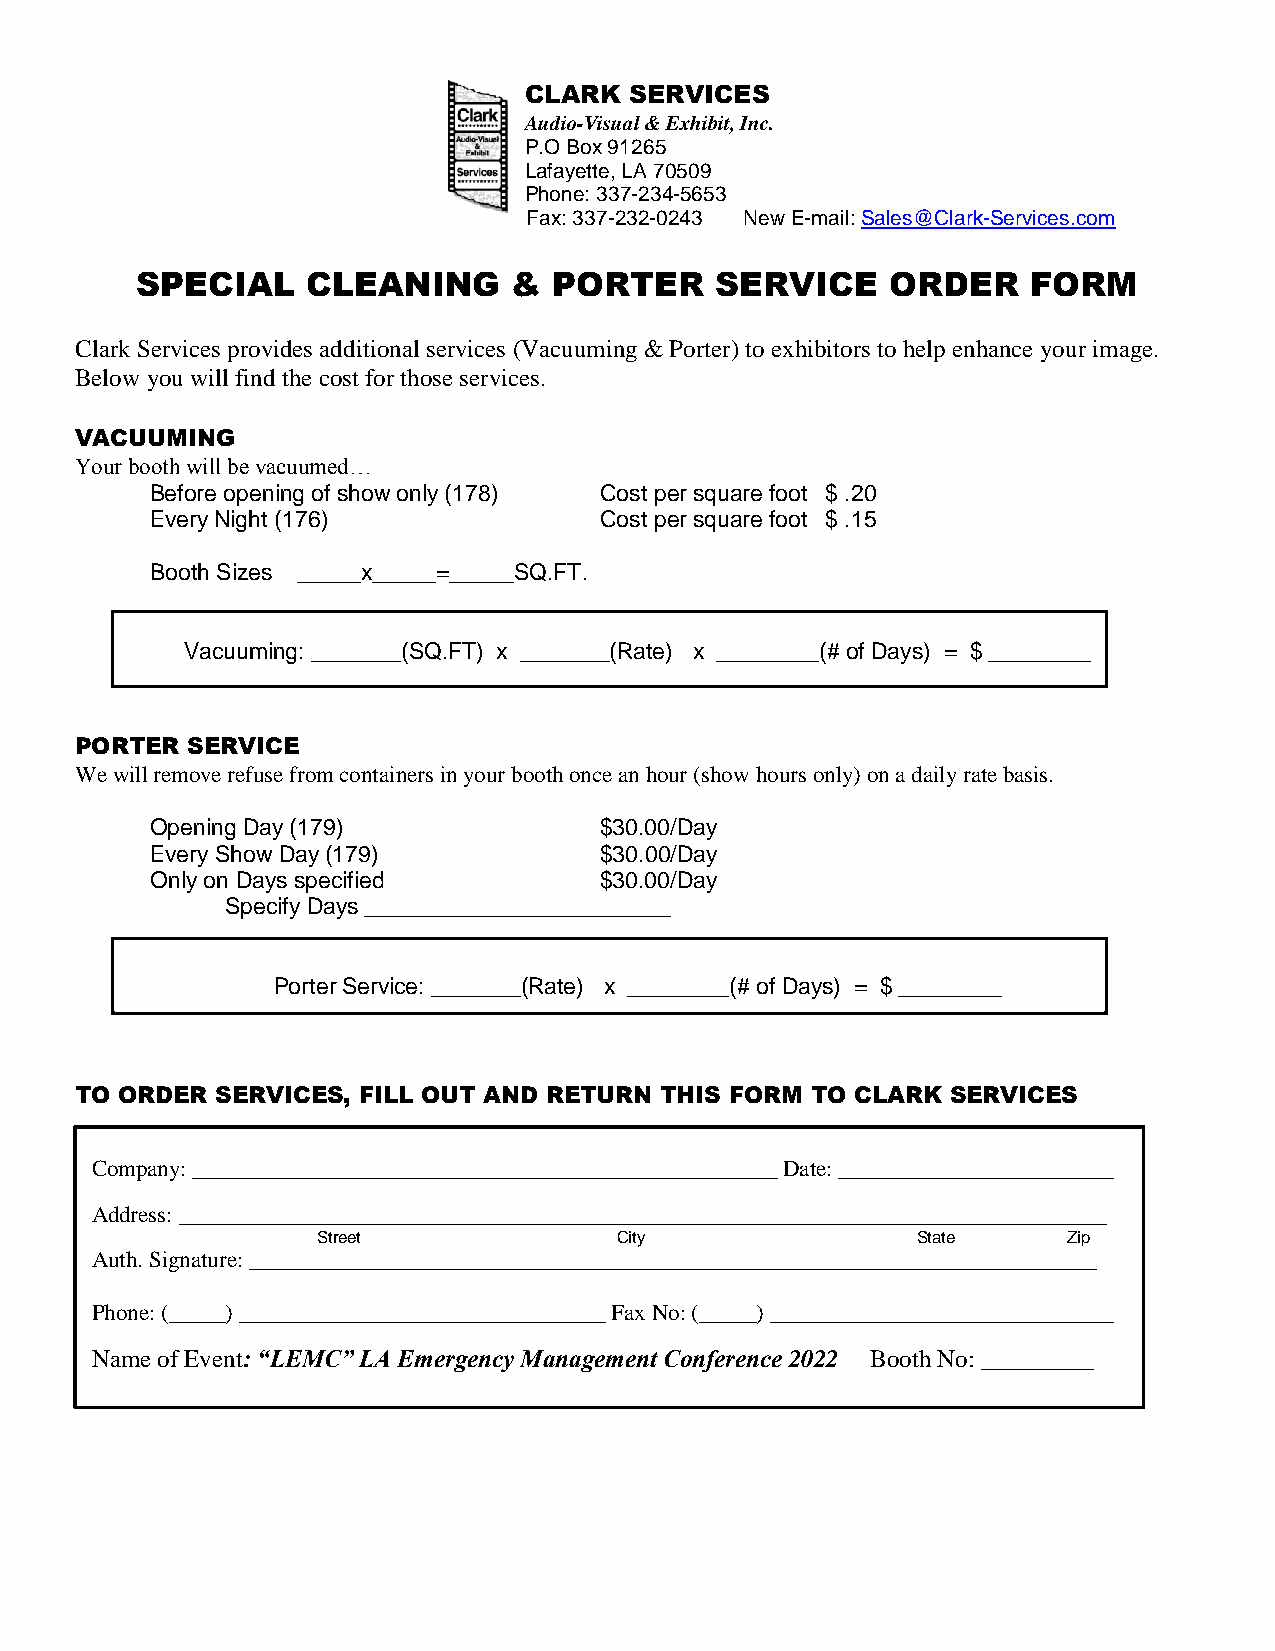
CLARK  SERVICES
 Audio-Visual & Exhibit, Inc.
 P.O Box 91265
 Lafayette, LA 70509
 Phone: 337-234-5653
 Fax: 337-232-0243 New E-mail: Sales@Clark-Services.com
 SPECIAL    CLEANING      &  PORTER    SERVICE     ORDER    FORM
 Clark Services provides additional services (Vacuuming & Porter) to exhibitors to help enhance your image.
 Below you will find the cost for those services.
 VACUUMING
 Your booth will be vacuumed…
 Before opening of show only (178) Cost per square foot $ .20
 Every Night (176)             Cost per square foot $ .15
 Booth Sizes _____x_____=_____SQ.FT.
 Vacuuming: _______(SQ.FT) x _______(Rate) x ________(# of Days) = $ ________
 PORTER SERVICE
 We will remove refuse from containers in your booth once an hour (show hours only) on a daily rate basis.
 Opening Day (179)             $30.00/Day
 Every Show Day (179)          $30.00/Day
 Only on Days specified        $30.00/Day
 Specify Days ________________________
 Porter Service: _______(Rate) x ________(# of Days) = $ ________
 TO ORDER SERVICES, FILL OUT AND RETURN THIS FORM TO CLARK SERVICES
 Company: ___________________________________________________ Date: ________________________
 Address: _________________________________________________________________________________
 Street              City                State     Zip
 Auth. Signature: __________________________________________________________________________
 Phone: (_____) ________________________________ Fax No: (_____) ______________________________
 Name of Event: “LEMC” LA Emergency Management Conference 2022 Booth No: _________